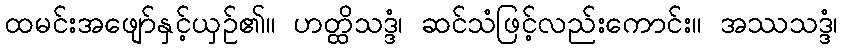
ထမင်းအဖျော်နှင့်ယှဉ်၏။ ဟတ္ထိသဒ္ဒံ၊ ဆင်သံဖြင့်လည်းကောင်း။ အဿသဒ္ဒံ၊